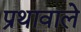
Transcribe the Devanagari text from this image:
प्रथावाले